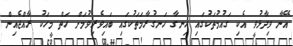
އޭނާ ވިދާޅުވީ އެކި ގައުމުތަކުގައި ހިނގާ ހަނގުރާމަތަކުގައި ބައިވެރިވުމަށް ހަތް މީހަކު ރާއްޖެއިން